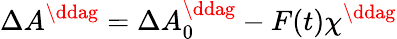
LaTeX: \Delta A^{\ddag}=\Delta A_{0}^{\ddag}-F(t)\chi^{\ddag}